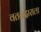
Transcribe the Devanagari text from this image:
वतनदाराला